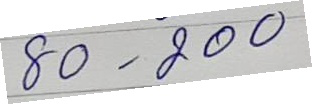
80 - 200